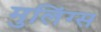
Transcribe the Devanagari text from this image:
मुलिंग्स